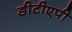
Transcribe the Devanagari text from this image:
डीटीएपी